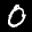
Label: 0